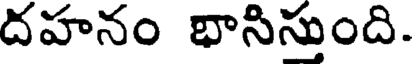
దహనం భాసిస్తుంది.